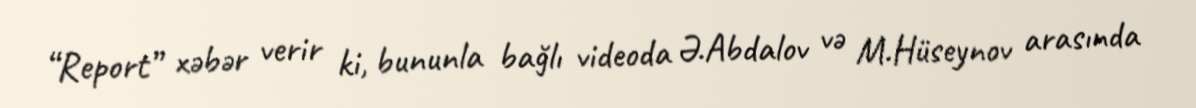
“Report” xəbər verir ki, bununla bağlı videoda Ə.Abdalov və M.Hüseynov arasında